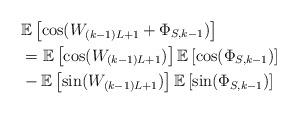
LaTeX: \begin{align*}& \mathbb{E}\left[\cos(W_{(k-1)L+1}+\Phi_{S,k-1})\right] \\&= \mathbb{E}\left[\cos(W_{(k-1)L+1})\right] \mathbb{E}\left[\cos(\Phi_{S,k-1})\right] \\& - \mathbb{E}\left[\sin(W_{(k-1)L+1})\right] \mathbb{E}\left[\sin(\Phi_{S,k-1})\right]\end{align*}